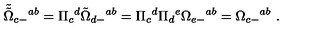
{ \tilde { \tilde { \Omega } } } _ { c - } { } ^ { a b } = \Pi _ { c } { } ^ { d } { \tilde { \Omega } } _ { d - } { } ^ { a b } = \Pi _ { c } { } ^ { d } \Pi _ { d } { } ^ { e } \Omega _ { e - } { } ^ { a b } = \Omega _ { c - } { } ^ { a b } \ .